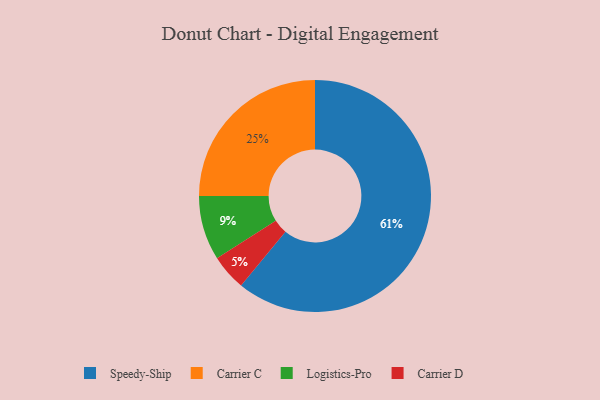
{"axis": {"x": "Category", "y": "Percentage"}, "legend": ["Carrier C", "Carrier D", "Logistics-Pro", "Speedy-Ship"], "data": [{"x": "Carrier C", "y": 25, "type": "Carrier C"}, {"x": "Carrier D", "y": 5, "type": "Carrier D"}, {"x": "Logistics-Pro", "y": 9, "type": "Logistics-Pro"}, {"x": "Speedy-Ship", "y": 61, "type": "Speedy-Ship"}]}